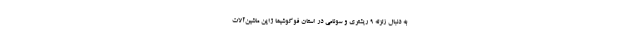
به دنبال زلزلهٔ ۹ ریشتری و سونامی در استان فوکوشیما ژاپن ماشین‌آلات